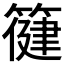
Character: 𮅿